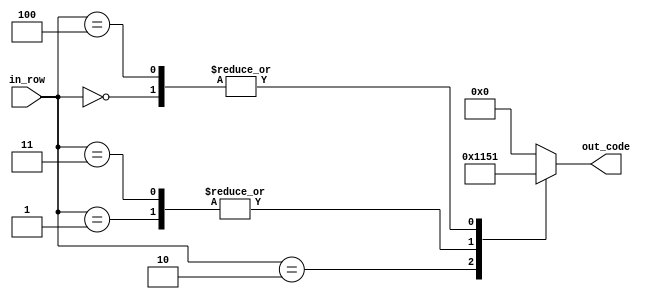
module bmultip(
	 input [2:0] in_row,
    output reg [4:0] out_code
    );

parameter [4:0] d_0 = 5'b10001; // X   X
parameter [4:0] d_1 = 5'b01010; //  X X 
parameter [4:0] d_2 = 5'b00100; //   X

always @ *
begin
	case (in_row)
		3'b000:
			out_code = d_0;
		3'b001:
			out_code = d_1;
		3'b010:
			out_code = d_2;
		3'b011:
			out_code = d_1;
		3'b100:
			out_code = d_0;
		default:
			out_code = 5'b0;
	endcase
end

endmodule